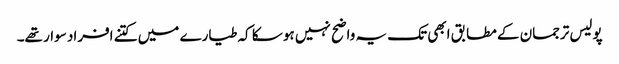
پولیس ترجمان کے مطابق ابھی تک یہ واضح نہیں ہو سکا کہ طیارے میں کتنے افراد سوار تھے۔